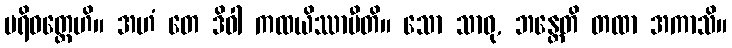
ပရိဝတ္တေဟိ။ အဟံ တေ ဒိဝါ ကထယိဿာမီတိ။ သော သာဓု, ဘန္တေတိ တထာ အကာသိ။